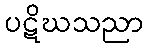
ပဋိဃသညာ